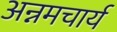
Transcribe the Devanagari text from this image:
अन्नमचार्य